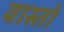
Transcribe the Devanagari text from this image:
वास्तो